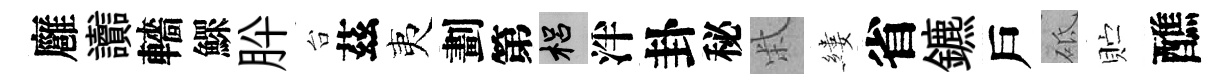
廱讟轖鰥肸台茲夷劃第梠泮卦秘柴縷省鑣戶砥贮醮